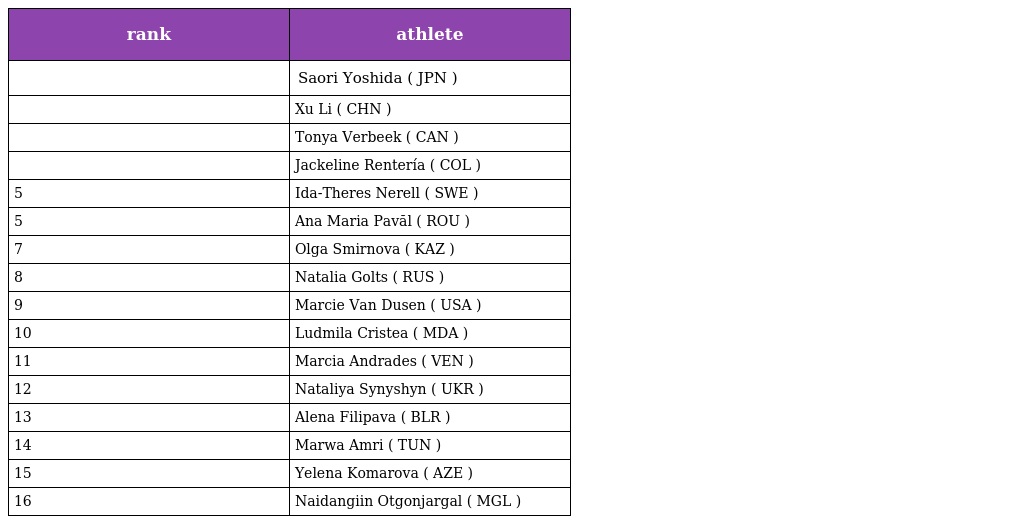
| rank | athlete |
 | --- | --- |
 |  | Saori Yoshida ( JPN ) |
 |  | Xu Li ( CHN ) |
 |  | Tonya Verbeek ( CAN ) |
 |  | Jackeline Rentería ( COL ) |
 | 5 | Ida-Theres Nerell ( SWE ) |
 | 5 | Ana Maria Pavăl ( ROU ) |
 | 7 | Olga Smirnova ( KAZ ) |
 | 8 | Natalia Golts ( RUS ) |
 | 9 | Marcie Van Dusen ( USA ) |
 | 10 | Ludmila Cristea ( MDA ) |
 | 11 | Marcia Andrades ( VEN ) |
 | 12 | Nataliya Synyshyn ( UKR ) |
 | 13 | Alena Filipava ( BLR ) |
 | 14 | Marwa Amri ( TUN ) |
 | 15 | Yelena Komarova ( AZE ) |
 | 16 | Naidangiin Otgonjargal ( MGL ) |